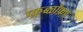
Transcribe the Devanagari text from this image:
प्फ़़्ब्ळॉफ़्प